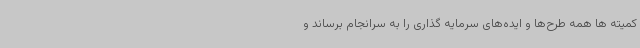
کمیته ها همه طرح‌ها و ایده‌های سرمایه گذاری را به سرانجام برساند و